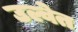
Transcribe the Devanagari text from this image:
उल्वेत